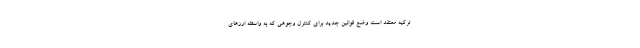
ترکیه معتقد است وضع قوانین جدید برای کنترل وجوهی که به واسطه ارزهای